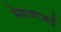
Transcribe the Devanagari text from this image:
मेहतरज़ई